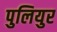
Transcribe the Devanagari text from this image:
पुलियुर